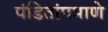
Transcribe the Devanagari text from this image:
पंडितांप्रमाणे